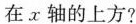
在x轴的上方?